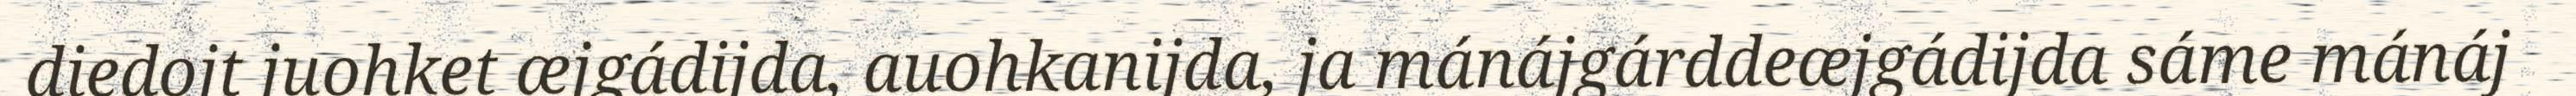
diedojt juohket æjgádijda, auohkanijda, ja mánájgárddeæjgádijda sáme mánáj